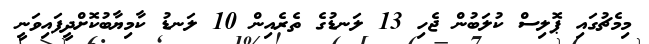
މިމެޗުގައި ޕޮލިސް ކުލަބުން ޖެހި 13 ލަނޑުގެ ތެރެއިން 10 ލަނޑު ކާމިޔާބުކޮށްދީފައިވަނީ